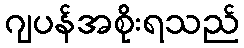
ဂျပန်အစိုးရသည်